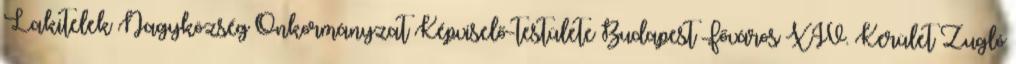
Lakitelek Nagyközség Önkormányzat Képviselő-testülete Budapest Főváros XIV. Kerület Zugló